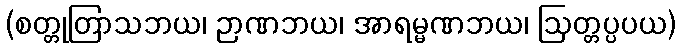
(စတ္တုတြာသဘယ၊ ဉာဏဘယ၊ အာရမ္မဏဘယ၊ ဩတ္တပ္ပပယ)